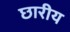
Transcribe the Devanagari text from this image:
छारीय